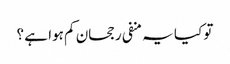
تو کیا یہ منفی رجحان کم ہوا ہے ؟